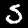
Label: 5